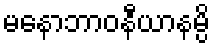
မနောဘာဝနီယာနမ္ပိ